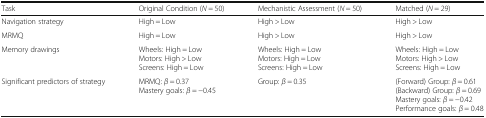
<table><thead><tr><td><b>Task</b></td><td><b>Original Condition (<i>N</i> = 50)</b></td><td><b>Mechanistic Assessment (<i>N</i> = 50)</b></td><td><b>Matched (<i>N</i> = 29)</b></td></tr></thead><tbody><tr><td>Navigation strategy</td><td>High = Low</td><td>High &gt; Low</td><td>High &gt; Low</td></tr><tr><td>MRMQ</td><td>High = Low</td><td>High &gt; Low</td><td>High &gt; Low</td></tr><tr><td>Memory drawings</td><td>Wheels: High = LowMotors: High &gt; LowScreens: High = Low</td><td>Wheels: High = LowMotors: High = LowScreens: High = Low</td><td>Wheels: High = LowMotors: High &gt; LowScreens: High = Low</td></tr><tr><td>Significant predictors of strategy</td><td>MRMQ: <i>β</i> = 0.37Mastery goals: <i>β</i> = −0.45</td><td>Group: <i>β</i> = 0.35</td><td>(Forward) Group: <i>β</i> = 0.61(Backward) Group: <i>β</i> = 0.69Mastery goals: <i>β</i> = −0.42Performance goals: <i>β</i> = 0.48</td></tr></tbody></table>